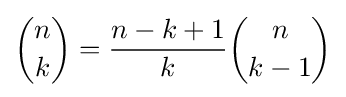
{\binom {n}{k}}={\frac {n-k+1}{k}}{\binom {n}{k-1}}